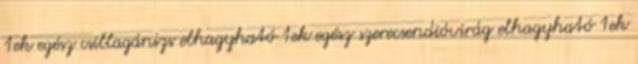
1ek egész csillagánizs elhagyható 1ek egész szerecsendióvirág elhagyható 1ek